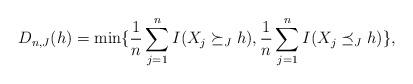
LaTeX: \begin{align*}D_{n,J}(h)=\min\{\frac{1}{n} \sum_{j=1}^n I( X_j \succeq_J h), \frac{1}{n} \sum_{j=1}^n I( X_j \preceq_J h)\},\end{align*}